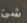
شئ